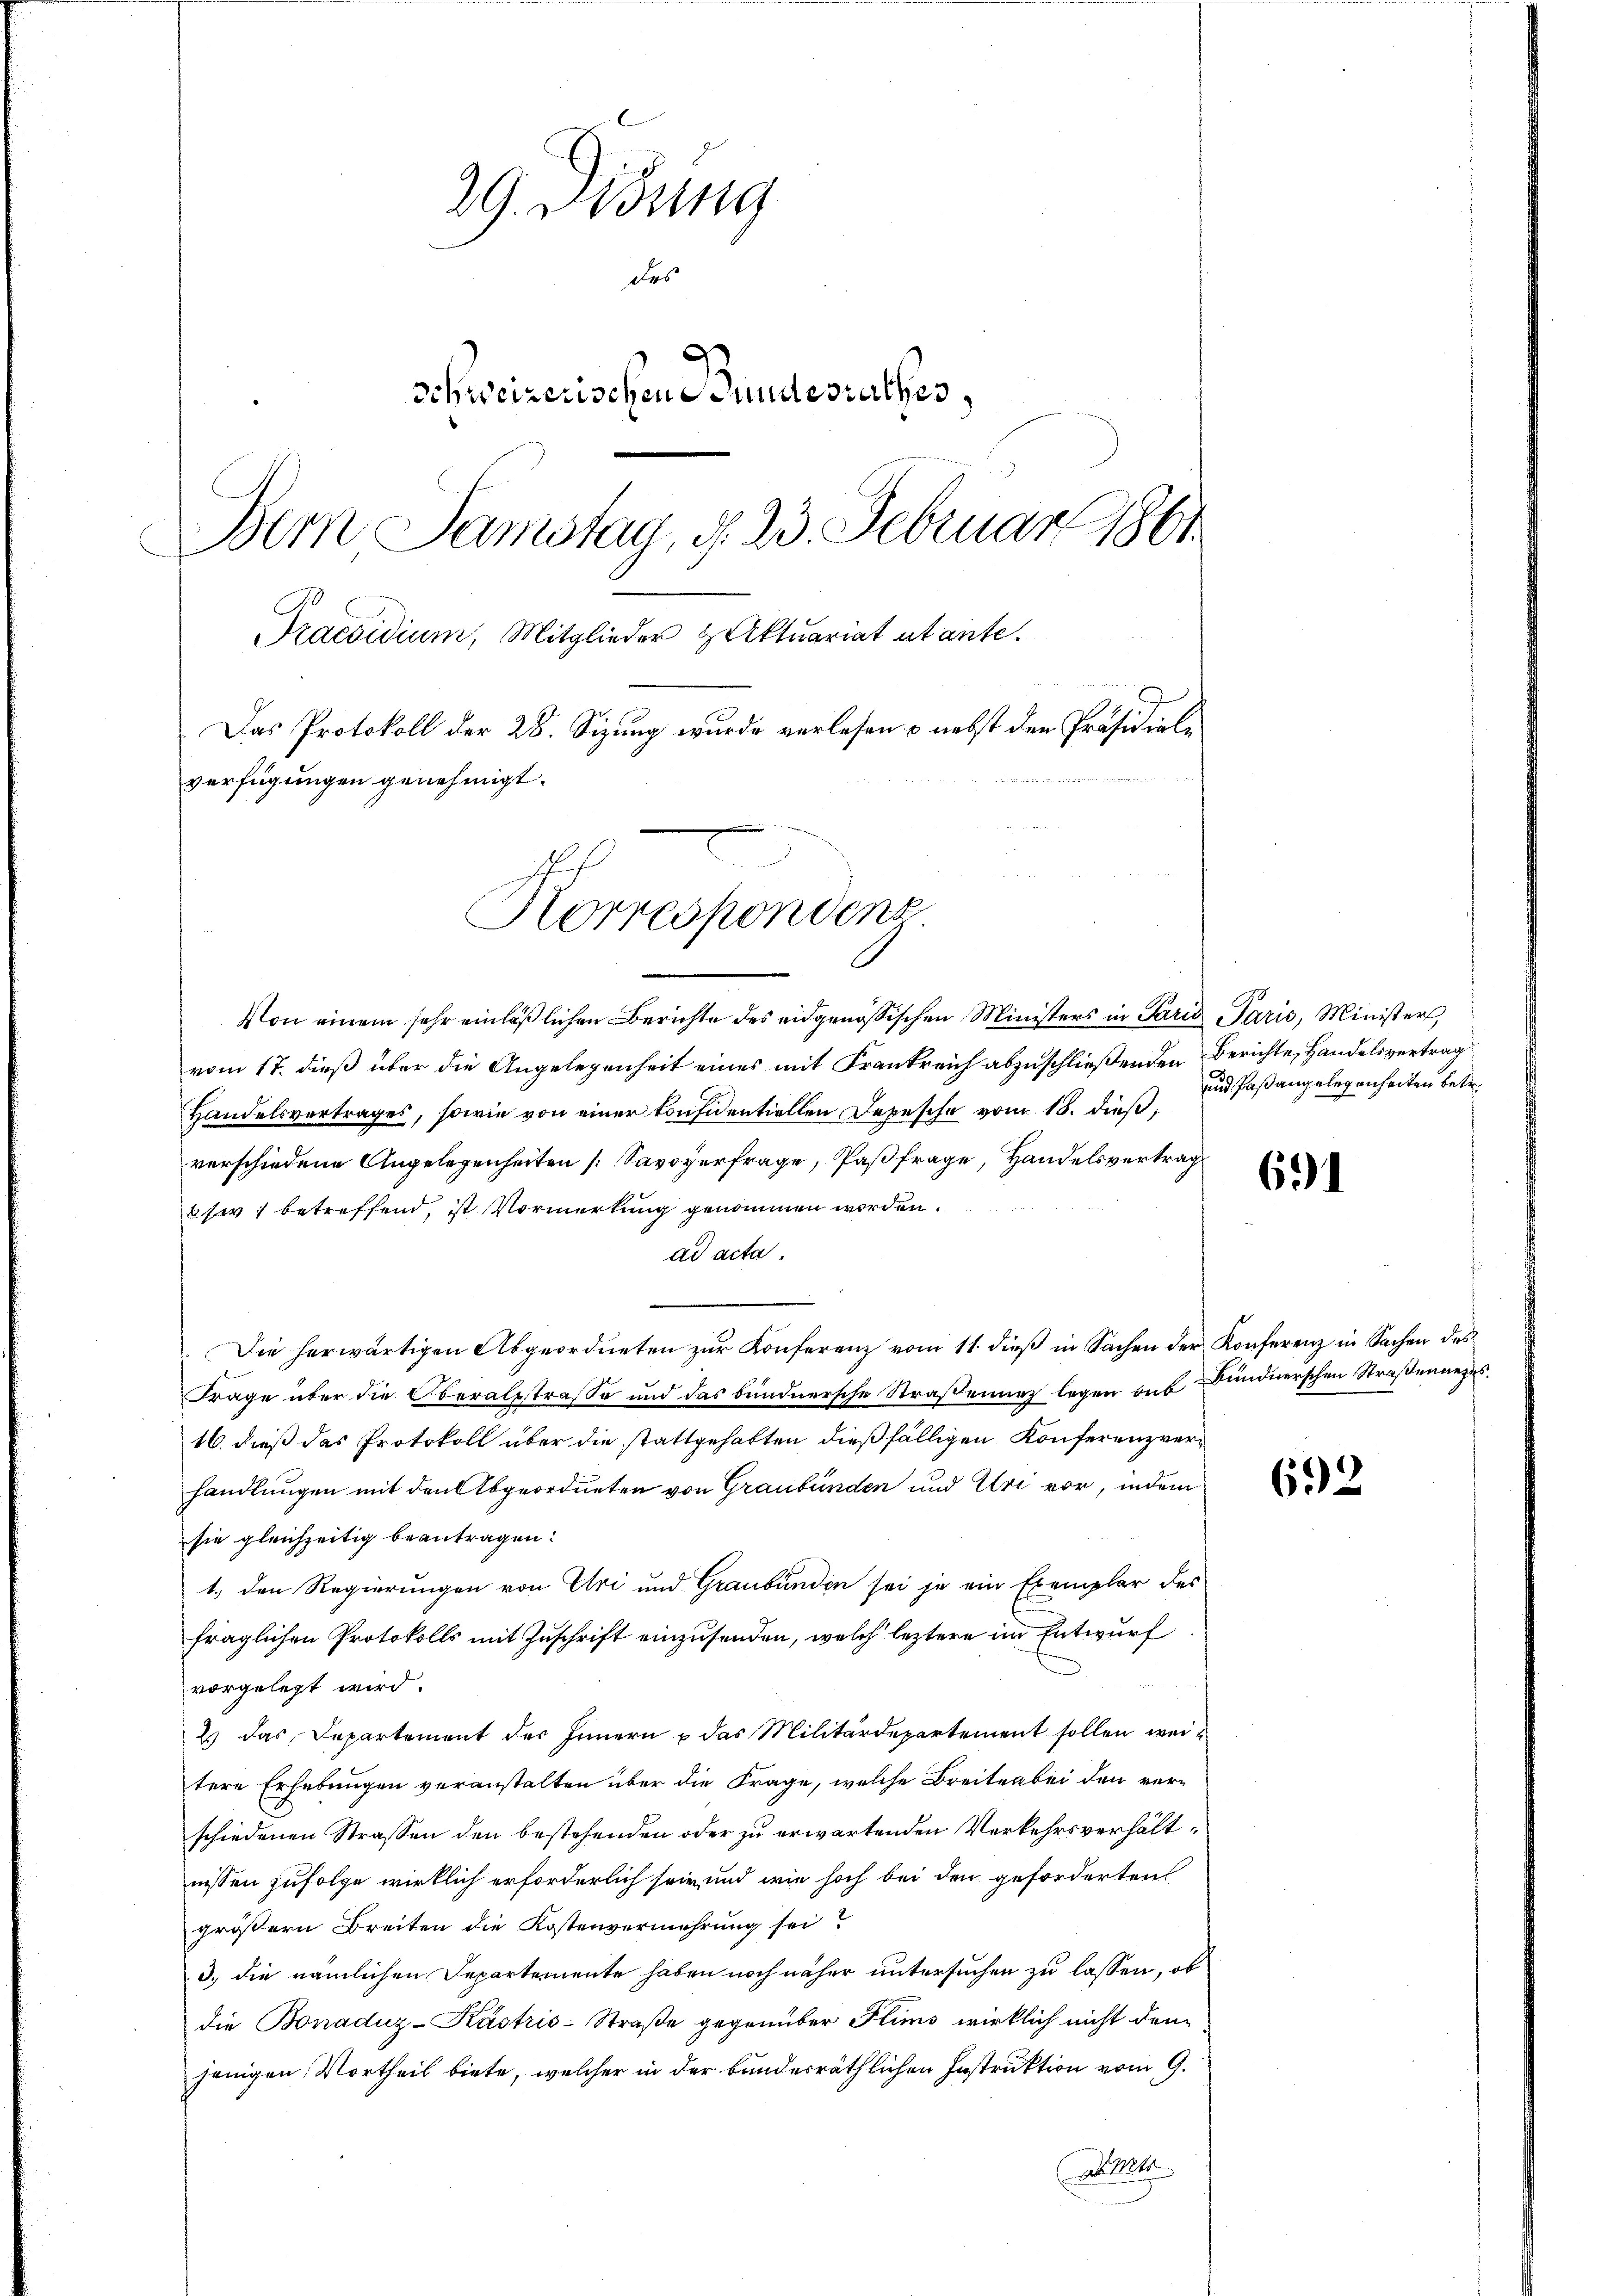
29. Didung
des
3
Schweizerischen Bundesrathes,
Bern Samstag, d. 23. Februar 1861
Praesidium, Mitglieder Huktuariat abante.
Das Protokoll der 28. Sizung wurde verlesen – nebst den Präsidialverfügungen genehmigt.
Korrespondenz

Von einem sehr einläßlichen Berichte des eidgenössischen Ministers in Paris Paris, Minister
vom 17. dieß über die Angelegenheit eines mit Frankreich abzuschließenden Berichte, Handelsvertrag
Handelsvertrages, sowie von einer Konfidentiellen Depesche vom 18. dieß,
verschiedene Angelegenheiten Savoyerfrage, Paßfrage, Handelsvertrag
sw. betreffend, ist Vormerkung genommen worden.
ad acta.
Die herwärtigen Abgeordneten zŭr Konferenz vom 11. dieβ in Sachen der Konferenz in Sachen des
Frage über die Oberalstraße und das bundnersche Straßenunz legen das Bündnerschen Straßenueges.
16. dieß das Protokoll über die stattgehalten dießfälligen Konferenzverhandlungen mit den Abgeordneten von Graubünden und Uri vor, indem
sie gleichzeitig beantragen.
1., den Regierungen von Uri und Graubünden sei je ein Exemplar des
fraglichen Protokolls mit Zuschrift einzusenden, welch leztere im Entwurf
vorgelegt wird.
2 das Departement der Innern & das Militärdepartement sollen weitere Erhebungen veranstalten über die Frage, welche Breiten bei den ver-
schiedenen Strassen den bestehenden oder zu erwartenden Verkehrsverhältnissen zufolge wirklich erforderlich sein und wie hoch bei den geforderten
größern Breiten die Kostenvermehrung sei?
3.) die nämlichen Departemente haben noch näher untersuchen zu lassen, ob
die Bonaduz-Kástris-Straße gegenüber Flims wirklich nicht den
jenigen Vortheil biete, welcher in der bunderräthlichen Instruktion vom 9.
Alte

691

692

und Paßangelegenheiten betr.